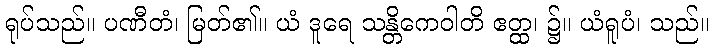
ရုပ်သည်။ ပဏီတံ၊ မြတ်၏။ ယံ ဒူရေ သန္တိကေဝါတိ ဧတ္ထ၊ ၌။ ယံရူပံ၊ သည်။